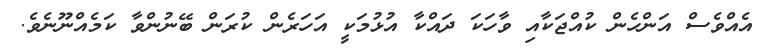
އެއްވެސް އަންހެން ކުއްޖަކާއި ވާހަކަ ދައްކާ އުޅުމަކީ އަހަރެން ކުރަން ބޭނުންވާ ކަމެއްނޫނެވެ.